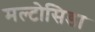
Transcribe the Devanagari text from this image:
मल्टोसिडा